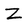
Character: Z